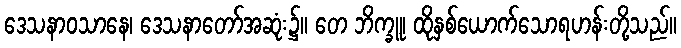
ဒေသနာဝသာနေ၊ ဒေသနာတော်အဆုံး၌။ တေ ဘိက္ခူ၊ ထိုနှစ်ယောက်သောရဟန်းတို့သည်။